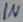
Text: IN